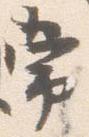
常